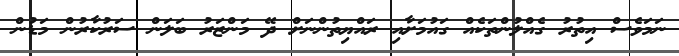
ނަމަވެސް އިތުރު ގެއްލުންތަކެއް ގައުމަށާއި ރައްޔިތުންނަށް ދޭ މަންޒަރު ބަލަން ސަރުކާރުން މަޑުން